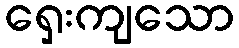
ရှေးကျသော